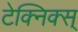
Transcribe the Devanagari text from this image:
टेक्निक्स्